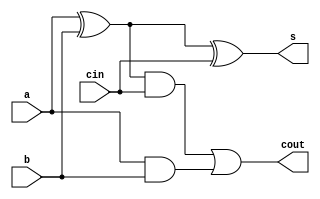
module fullAdder(input cin, input a, input b, output s, output cout);
    // FullAdder compute addition of input cin, a and b,
    // then output result to s and carry bit to cout.

    // TODO: implement your fullAdder design here
    // For testbench verifying, do not modify input and output pin
    wire AxorB, AxorB_andCin, AandB;
    xor G1(AxorB, a, b);
    and G2(AandB, a, b);
    and G3(AxorB_andCin, AxorB, cin);
    xor G4(s, AxorB, cin);
    or G5(cout, AxorB_andCin, AandB);
endmodule